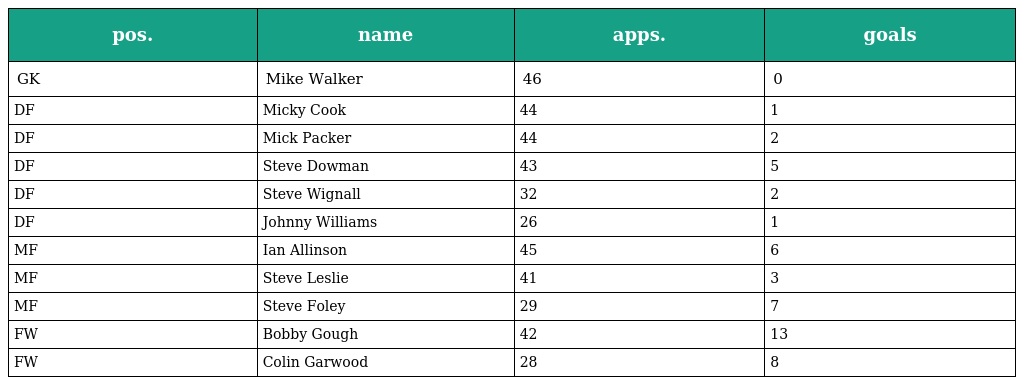
| pos. | name | apps. | goals |
 | --- | --- | --- | --- |
 | GK | Mike Walker | 46 | 0 |
 | DF | Micky Cook | 44 | 1 |
 | DF | Mick Packer | 44 | 2 |
 | DF | Steve Dowman | 43 | 5 |
 | DF | Steve Wignall | 32 | 2 |
 | DF | Johnny Williams | 26 | 1 |
 | MF | Ian Allinson | 45 | 6 |
 | MF | Steve Leslie | 41 | 3 |
 | MF | Steve Foley | 29 | 7 |
 | FW | Bobby Gough | 42 | 13 |
 | FW | Colin Garwood | 28 | 8 |